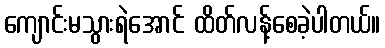
ကျောင်းမသွားရဲအောင် ထိတ်လန့်စေခဲ့ပါတယ်။